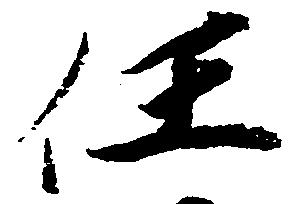
任